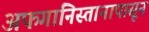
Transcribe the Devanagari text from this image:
अफगानिस्तानापासून